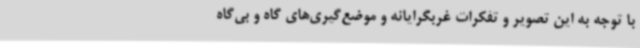
با توجه به این تصویر و تفکرات غربگرایانه و موضع‌گیری‌های گاه و بی‌گاه